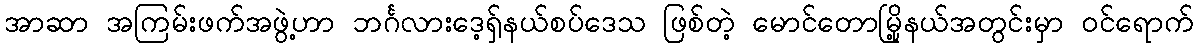
အာဆာ အကြမ်းဖက်အဖွဲ့ဟာ ဘင်္ဂလားဒေ့ရှ်နယ်စပ်ဒေသ ဖြစ်တဲ့ မောင်တောမြို့နယ်အတွင်းမှာ ဝင်ရောက်